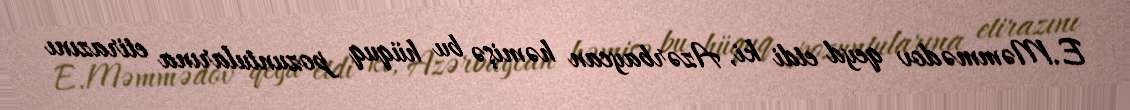
E.Məmmədov qeyd etdi ki, Azərbaycan həmişə bu hüquq pozuntularına etirazını